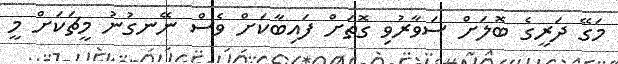
މަގޭ ދަރީގެ ބޮލަށް ސަވާރުވި ގޮތަށް ފައިބާކަށް ވެސް ނޭނގުނު މީޗަކަށް މީ